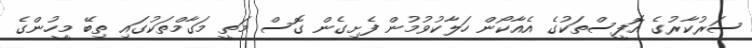
ސަރުކާރުގެ އޮފީސްތަކުގެ އެއާކޯން ހަލާކުވުމުން ފެށިގެން ގޮސް މަތީ މަގާމްތަކުގައި ތިބޭ މީހުންގެ